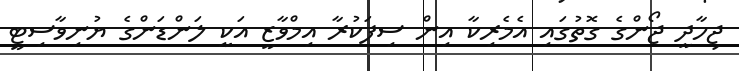
ޖިހާދީ ޖޯންގެ ގޮތުގައި އެމެރިކާ އިން ސިފަކުރާ އިމްވާޒީ އަކީ ލަންޑަންގެ ޔުނިވާސިޓީ